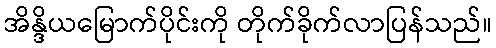
အိန္ဒိယမြောက်ပိုင်းကို တိုက်ခိုက်လာပြန်သည်။